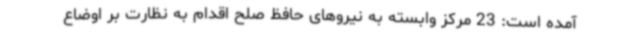
آمده است: 23 مرکز وابسته به نیروهای حافظ صلح اقدام به نظارت بر اوضاع